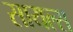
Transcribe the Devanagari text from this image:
सायल्स